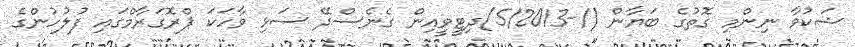
ޝަކުވާ ނިންމި ގޮތުގެ ބަޔާން (/-5/2013)ދިޓީވީއިން ގެނެސްދޭ ސަޅި ވާހަކަ ޕްރޮގަރާމްގައި ފުލުހުންގެ